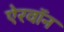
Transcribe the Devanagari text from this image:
ऐरवॉन